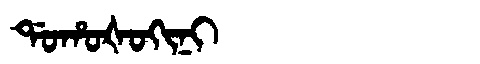
Manchu: ᡩᠣᡥᠣᡧᠣᡴᡳᠨᡳ
Romanization: DOHOŠOKINI